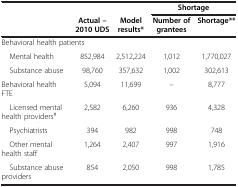
<table><thead><tr><td colspan="3"><b> </b></td><td colspan="2"><b>Shortage</b></td></tr><tr><td><b> </b></td><td><b>Actual –2010 UDS</b></td><td><b>Model results*</b></td><td><b>Number of grantees</b></td><td><b>Shortage**</b></td></tr></thead><tbody><tr><td colspan="5">Behavioral health patients</td></tr><tr><td> Mental health</td><td>852,984</td><td>2,512,224</td><td>1,012</td><td>1,770,027</td></tr><tr><td> Substance abuse</td><td>98,760</td><td>357,632</td><td>1,002</td><td>302,613</td></tr><tr><td>Behavioral health FTE</td><td>5,094</td><td>11,699</td><td>-</td><td>8,777</td></tr><tr><td> Licensed mental health providers<sup>#</sup></td><td>2,582</td><td>6,260</td><td>936</td><td>4,328</td></tr><tr><td> Psychiatrists</td><td>394</td><td>982</td><td>998</td><td>748</td></tr><tr><td> Other mental health staff</td><td>1,264</td><td>2,407</td><td>997</td><td>1,916</td></tr><tr><td> Substance abuse providers</td><td>854</td><td>2,050</td><td>998</td><td>1,785</td></tr></tbody></table>